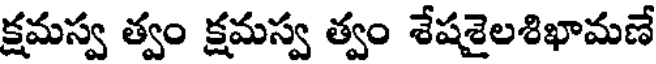
క్షమస్వ త్వం క్షమస్వ త్వం శేషశైలశిఖామణే